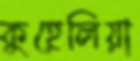
কুহেলিয়া